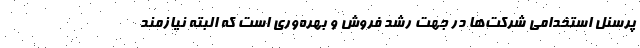
پرسنل استخدامی شرکت­ها در جهت رشد فروش و بهره­وری است که البته نیازمند